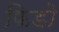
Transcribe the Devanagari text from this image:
फिडो